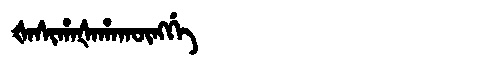
Manchu: ᡧᠠᠰᡳᡥᠠᡧᠠᡥᠠᡴᡡᠩᡤᡝ
Romanization: ŠASIHAŠAHAKŪNGGE